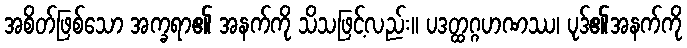
အစိတ်ဖြစ်သော အက္ခရာ၏ အနက်ကို သိသဖြင့်လည်း။ ပဒတ္ထဂ္ဂဟဏဿ၊ ပုဒ်၏အနက်ကို